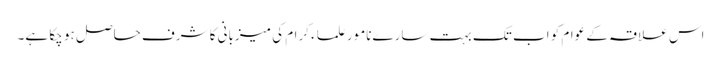
اس علاقہ کے عوام کو اب تک بہت سارےنامور علماء کرام کی میزبانی کا شرف حاصل ہو چکا ہے۔